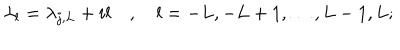
\lambda _ { l } = \lambda _ { j , L } + i l \quad , \quad l = - L , - L + 1 , \dots , L - 1 , L ;